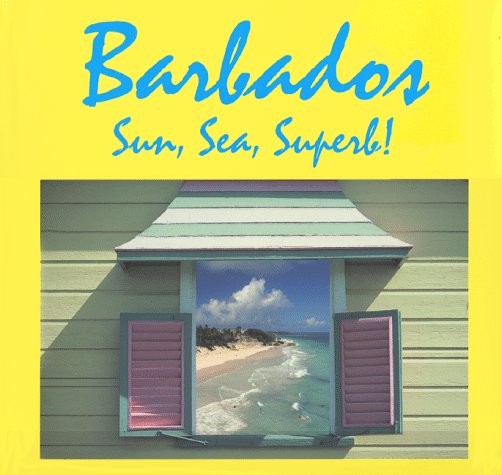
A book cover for Barbados, Sun Sea, Superb!; Roger A. Labrucherie; Travel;